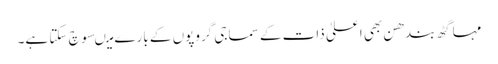
مہا گٹھ بندھن بھی اعلیٰ ذات کے سماجی گروپوں کے بارے میںسوچ سکتا ہے۔